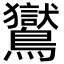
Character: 鸑